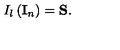
I _ { l } \left( { \bf I } _ { n } \right) = { \bf S . }